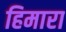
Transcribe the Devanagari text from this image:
हिमारा